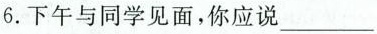
6.下午与同学见面,你应说___